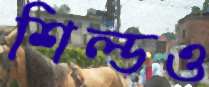
শিল্ডও